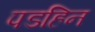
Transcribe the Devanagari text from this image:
पडहिन